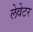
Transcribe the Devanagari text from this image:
लेवेटर